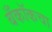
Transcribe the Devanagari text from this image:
बँकॉकचा